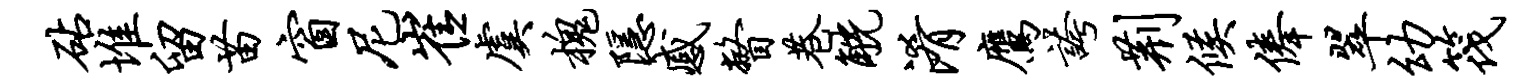
砧堆留苗窗尼崔虞槐隐感瞥巷觥淆鹰夸荆候俸翠幼筏